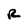
Character: R